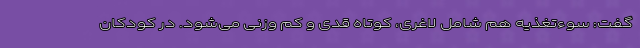
‌ گفت: سوءتغذیه هم شامل لاغری، کوتاه قدی و کم وزنی می‌شود. در کودکان